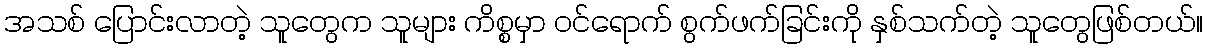
အသစ် ပြောင်းလာတဲ့ သူတွေက သူများ ကိစ္စမှာ ဝင်ရောက် စွက်ဖက်ခြင်းကို နှစ်သက်တဲ့ သူတွေဖြစ်တယ်။